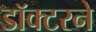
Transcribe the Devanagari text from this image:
डॉक्‍टरने